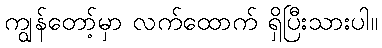
ကျွန်တော့်မှာ လက်ထောက် ရှိပြီးသားပါ။